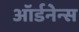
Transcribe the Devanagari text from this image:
ऑर्डनेन्स